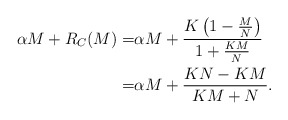
\begin{align*} \alpha M + R_{C}(M) = &\alpha M + \frac{K\left(1-\frac{M}{N}\right)}{1+\frac{KM}{N}}\\ =&\alpha M +\frac{KN-KM}{KM+N}.\end{align*}